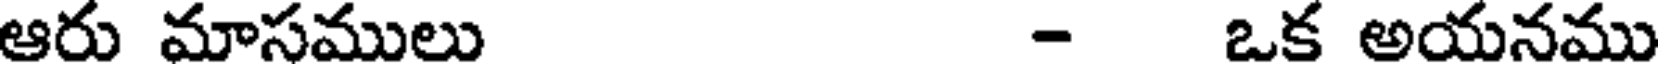
ఆరు మాసములు - ఒక అయనము